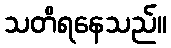
သတိရနေသည်။